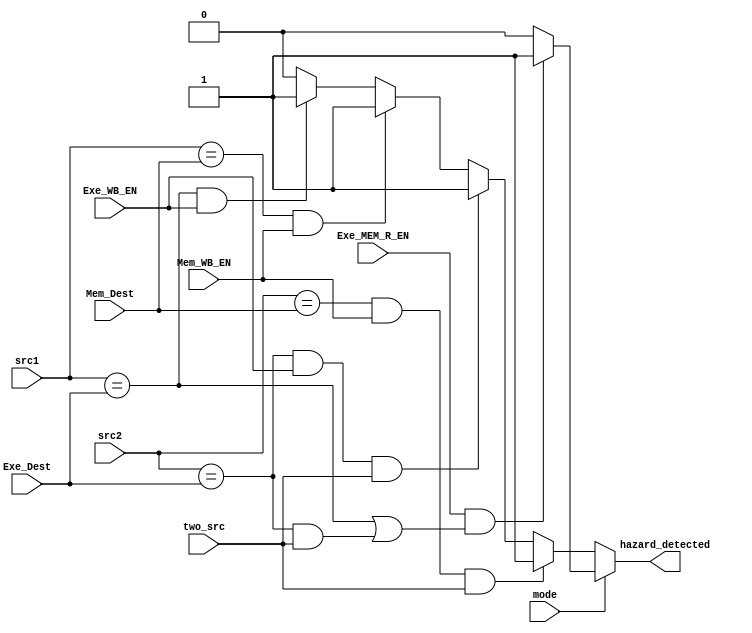
`timescale 1ns/1ns

module HAZARD_UNIT (
	input mode, Exe_MEM_R_EN, 
  input [3:0] src1, src2, Exe_Dest, Mem_Dest,
  input Exe_WB_EN, Mem_WB_EN, two_src,
  output hazard_detected
  );
  reg is_hazard;
  always@(*) begin
		if (mode == 1'b0) begin
    	is_hazard = 1'b0;
    	if((src1 == Exe_Dest) && (Exe_WB_EN == 1'b1))
      	is_hazard = 1'b1;
	    if((src1 == Mem_Dest) && (Mem_WB_EN == 1'b1))
  	    is_hazard = 1'b1;
 	   if((src2 == Exe_Dest) && (Exe_WB_EN == 1'b1) && (two_src))
  	    is_hazard = 1'b1;
    	if((src2 == Mem_Dest) && (Mem_WB_EN == 1'b1) && (two_src))
      	is_hazard = 1'b1;
		end
		else begin
			is_hazard = 1'b0;
			if( (Exe_MEM_R_EN == 1'b1) && ((src1 == Exe_Dest) || ((src2 == Exe_Dest) && (two_src))) )
				is_hazard = 1'b1;
		end
  end
  assign hazard_detected = is_hazard;
endmodule